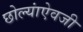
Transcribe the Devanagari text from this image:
छोल्यांऐवजी